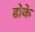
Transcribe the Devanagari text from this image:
ढोके